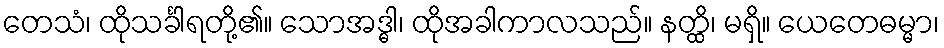
တေသံ၊ ထိုသင်္ခါရတို့၏။ သောအဒ္ဓါ၊ ထိုအခါကာလသည်။ နတ္ထိ၊ မရှိ။ ယေတေဓမ္မာ၊